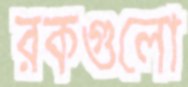
রকগুলো